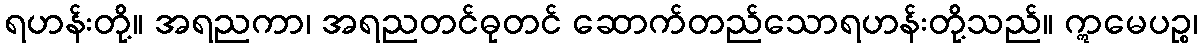
ရဟန်းတို့။ အရညကာ၊ အရညတင်ဓုတင် ဆောက်တည်သောရဟန်းတို့သည်။ ဣမေပဉ္စ၊